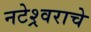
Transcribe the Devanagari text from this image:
नटेश्र्वराचे